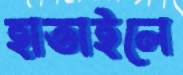
হাতাইলে